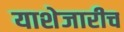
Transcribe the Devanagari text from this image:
याशेजारीच